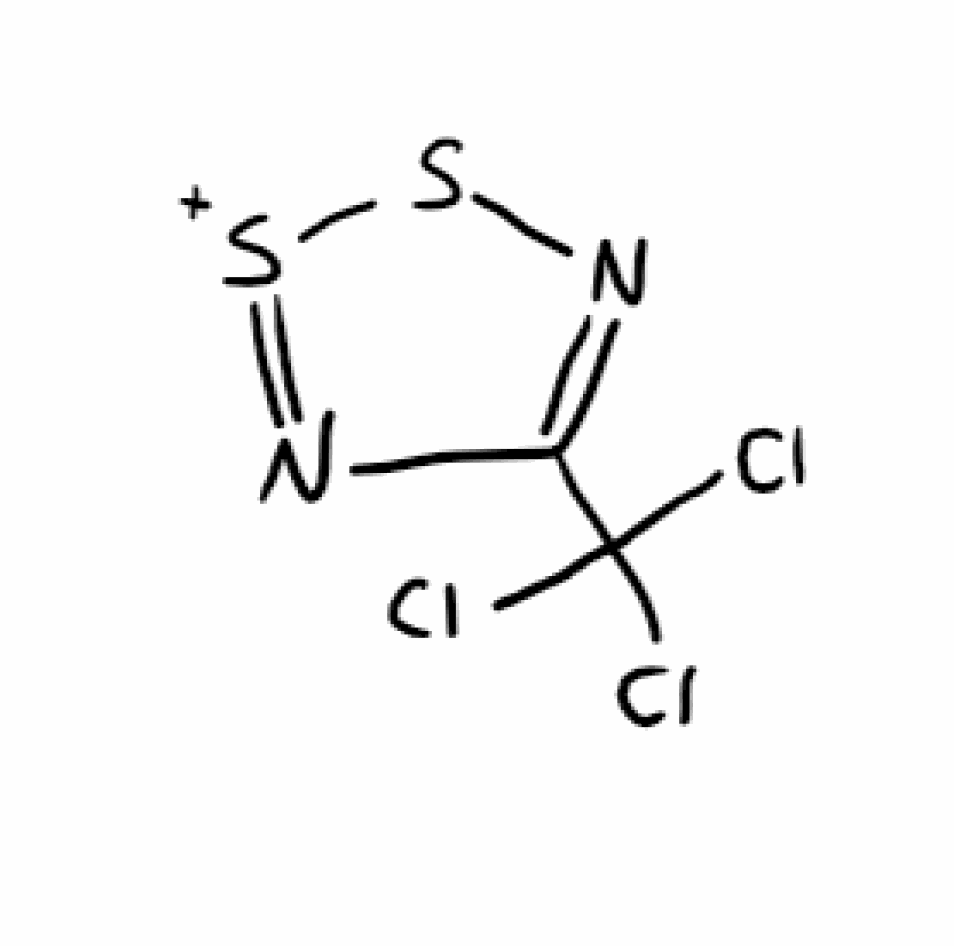
Simplified molecular-input line-entry system (SMILES) notation of the given molecule:
C1(=NS[S+]=N1)C(Cl)(Cl)Cl